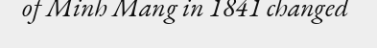
of Minh Mang in 1841 changed